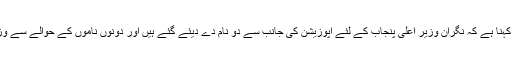
صوبائی وزیر قانون رانا ثنااللہ کا کہنا ہے کہ نگران وزیر اعلیٰ پنجاب کے لئے اپوزیشن کی جانب سے دو نام دے دیئے گئے ہیں اور دونوں ناموں کے حوالے سے وزیر اعلیٰ پنجاب کو آگاہ کر دیا گیا۔